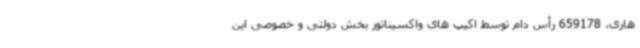
هاری، 659178 رأس دام توسط اکیپ های واکسیناتور بخش دولتی و خصوصی این